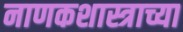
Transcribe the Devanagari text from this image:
नाणकशास्त्राच्या